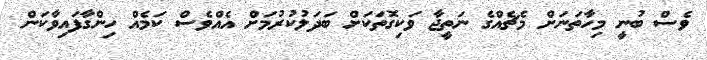
ވެސް ބުނީ މިހާތަނަށް މެޗެއްގެ ނަތީޖާ ވަކިގޮތަކަށް ބަދަލުކުރުމަށް އެއްވެސް ކަމެއް ހިންގާފައިވާކަން